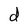
Character: d